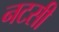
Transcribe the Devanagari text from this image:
नटसी